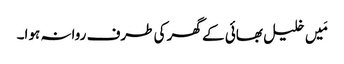
مَیں خلیل بھائی کے گھر کی طرف روانہ ہوا۔